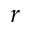
r